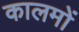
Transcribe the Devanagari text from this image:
कालमों